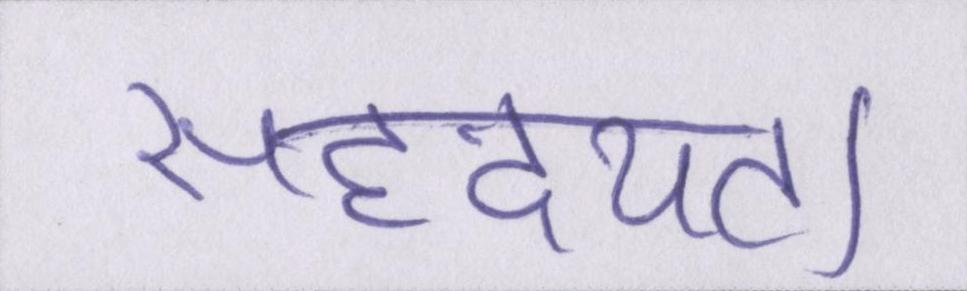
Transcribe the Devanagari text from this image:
सहृदयता